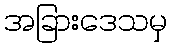
အခြားဒေသမှ